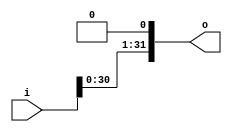
`timescale 1ns / 1ps


module n_bit_shift_1_left #(parameter N = 32) (input [N-1:0] i, output [N-1:0] o);

  assign o = {i[N-2:0],1'b0};
endmodule